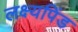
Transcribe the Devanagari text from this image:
लक्ष्यपिंड